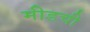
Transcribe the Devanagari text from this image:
मीडची